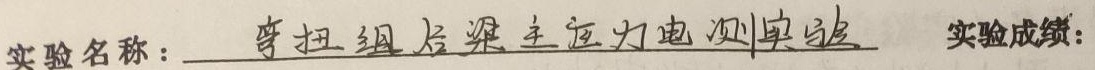
实验名称： 弯扭组合梁主应力电测实验 实验成绩：